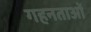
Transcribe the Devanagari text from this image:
गहनताओं